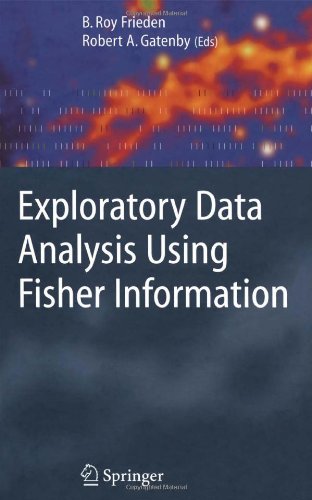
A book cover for Exploratory Data Analysis Using Fisher Information; Science & Math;